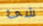
شئ